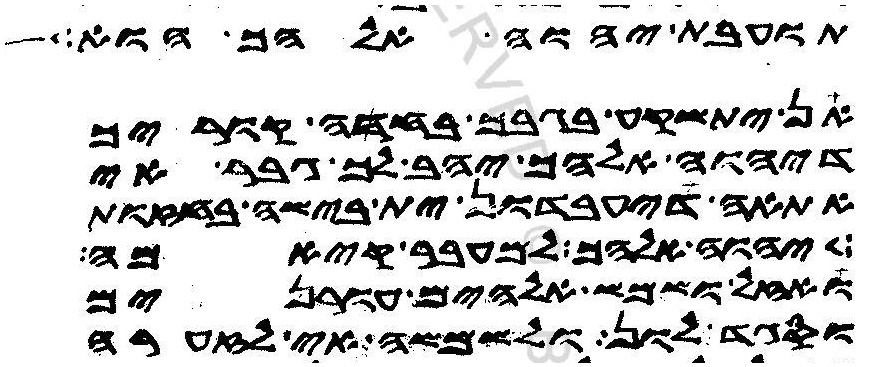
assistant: תועבת יהוה אלהך הוא
אן יתשקע בגבך בחדה קוריך
דיהוה אלהך יהב לך גבר אי
אתאה דיעבדון ית בישה בחזות
יהוה אלהך למעבר קיאמה
ואזל ושמש אלהים עורנים
וסגד לון ולשמשה אי לזערה